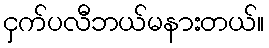
ငှက်ပလီဘယ်မနားတယ်။